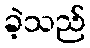
ခဲ့သည်